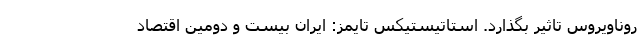
روناویروس تاثیر بگذارد. استاتیستیکس تایمز: ایران بیست و دومین اقتصاد